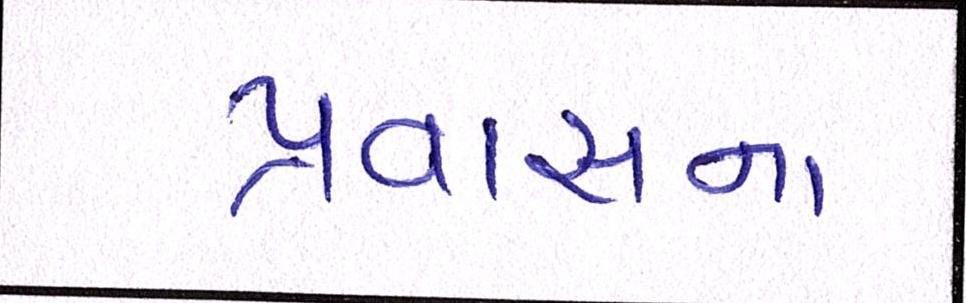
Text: પ્રવાસના